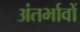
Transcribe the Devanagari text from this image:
अंतर्भावों